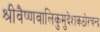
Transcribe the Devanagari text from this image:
श्रीवैष्णवालिकुमुदेशकठोरचन्द्र